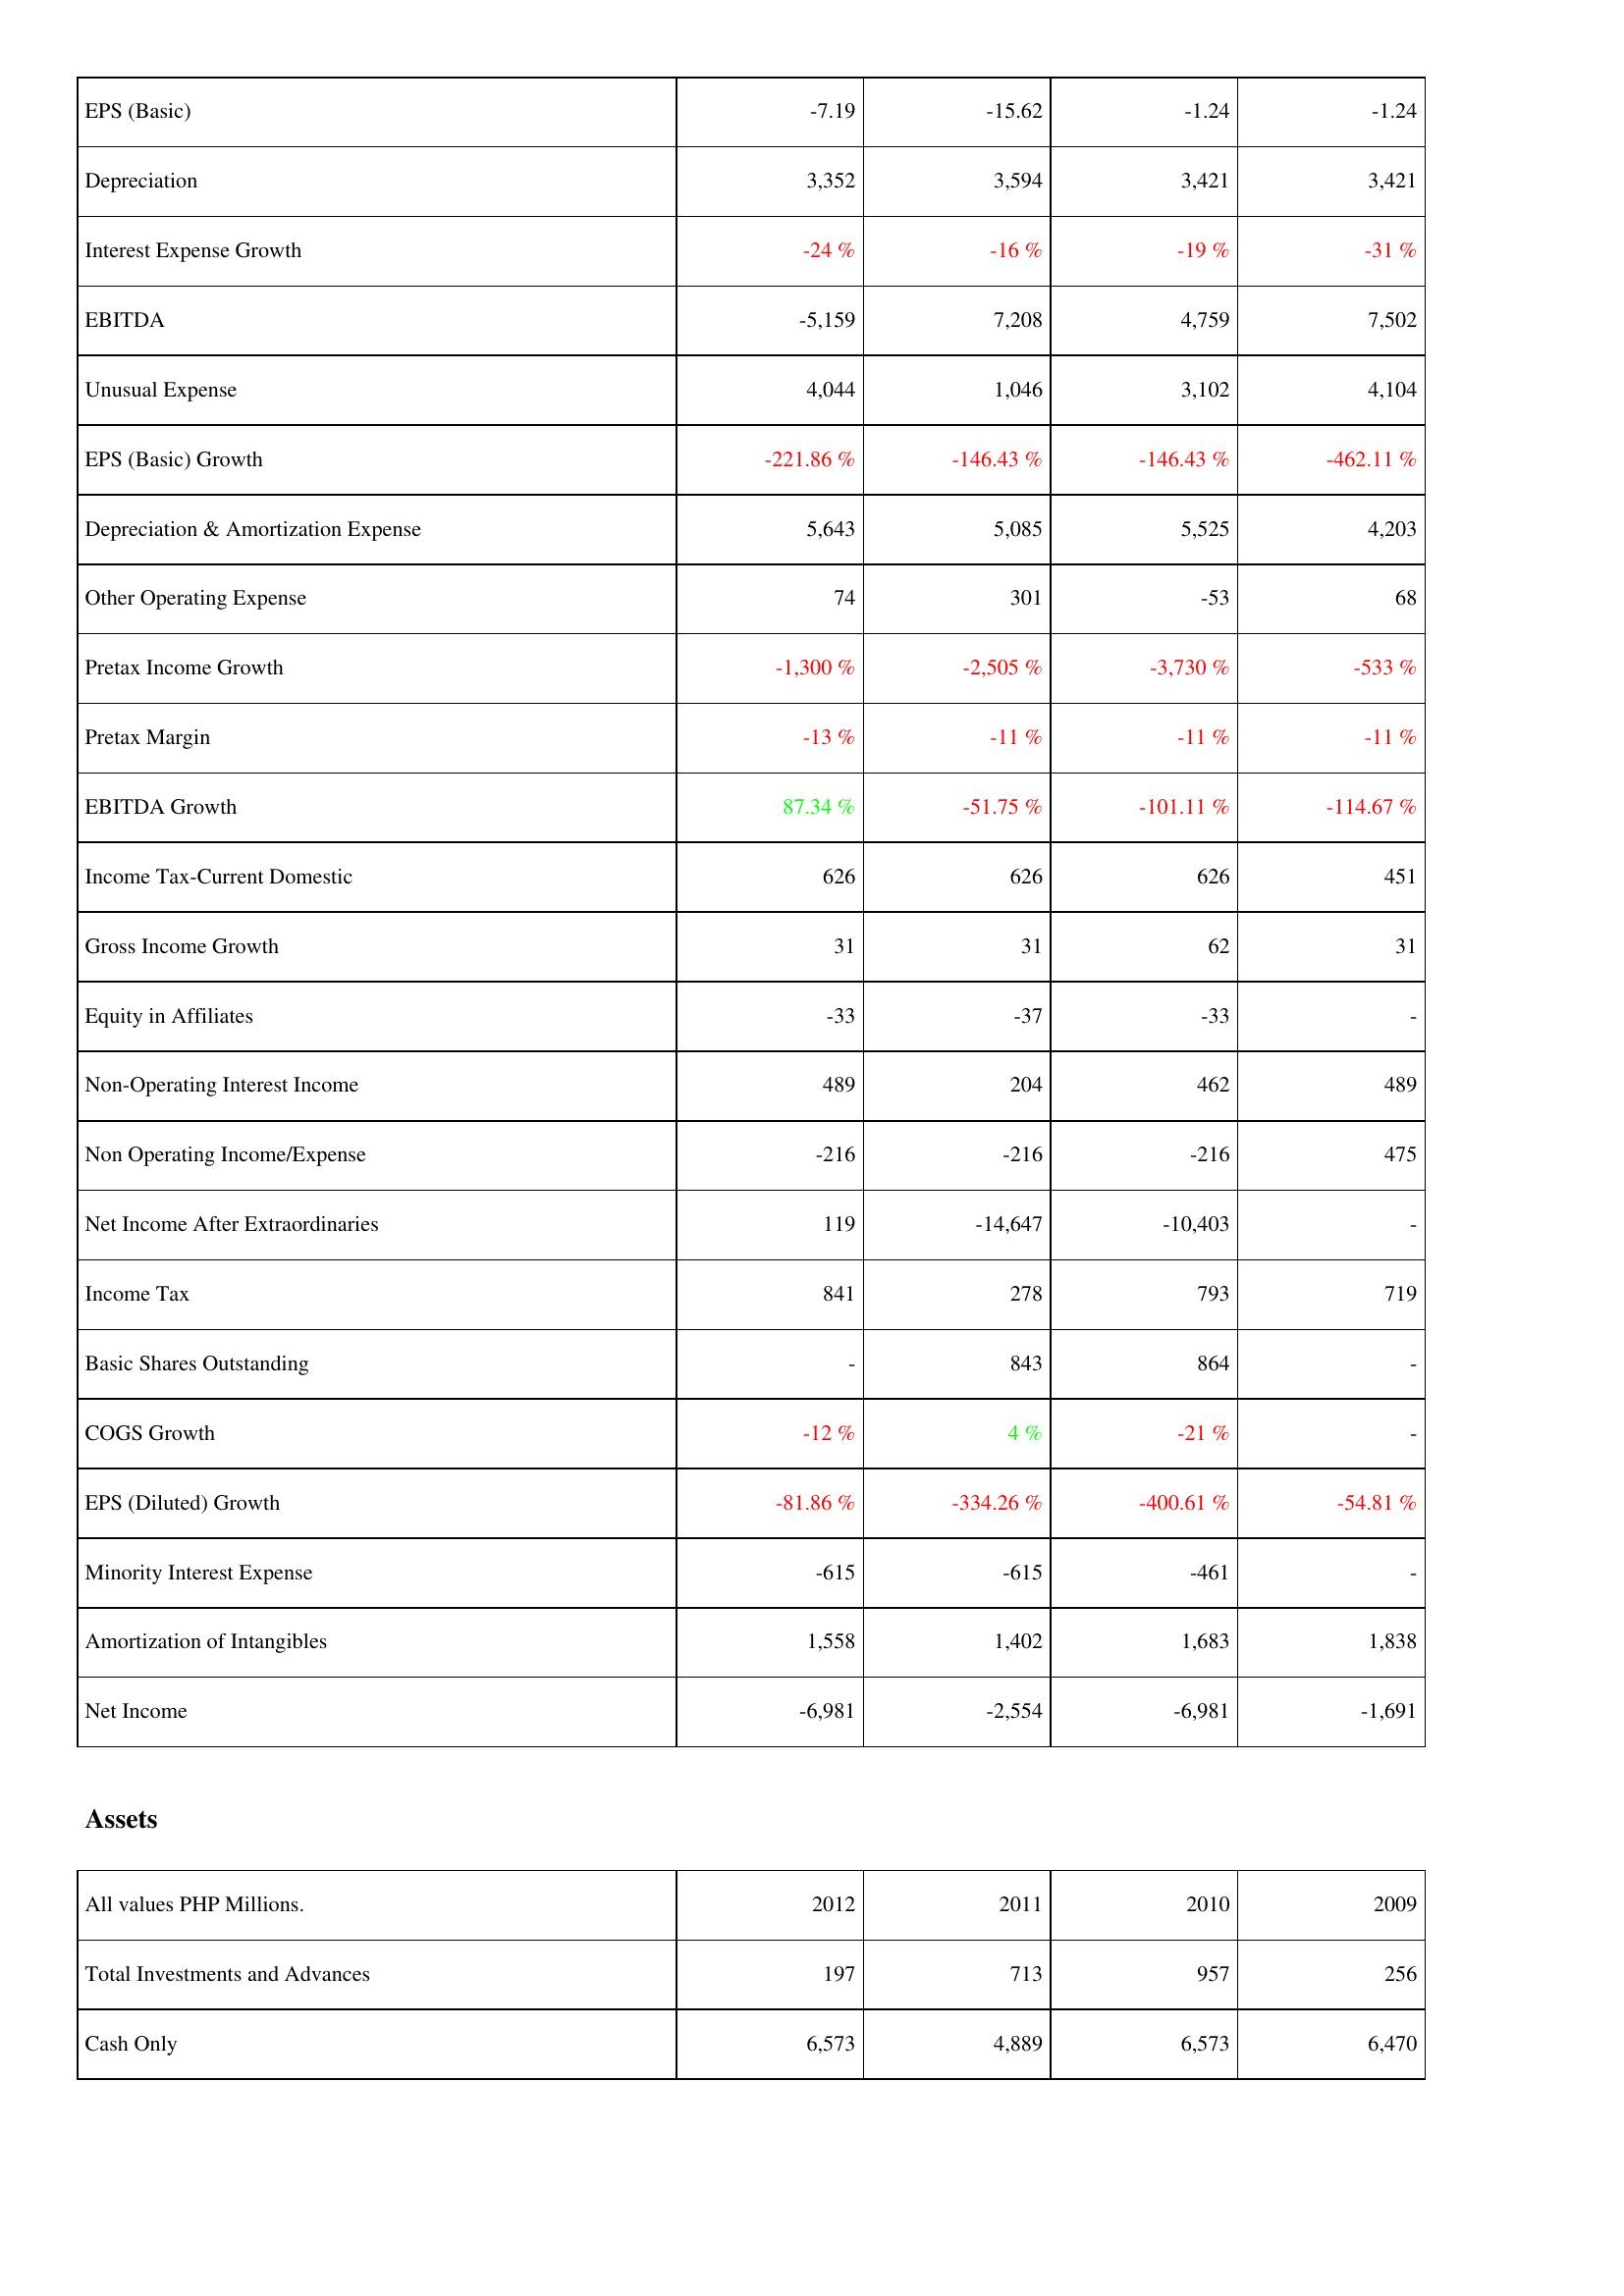
2012: Income Statement: EPS (Basic): -7.19
Depreciation: 3,352
Interest Expense Growth: -24 %
EBITDA: -5,159
Unusual Expense: 4,044
EPS (Basic) Growth: -221.86 %
Depreciation & Amortization Expense: 5,643
Other Operating Expense: 74
Pretax Income Growth: -1,300 %
Pretax Margin: -13 %
EBITDA Growth: 87.34 %
Income Tax-Current Domestic: 626
Gross Income Growth: 31
Equity in Affiliates: -33
Non-Operating Interest Income: 489
Non Operating Income/Expense: -216
Net Income After Extraordinaries: 119
Income Tax: 841
Basic Shares Outstanding: -
COGS Growth: -12 %
EPS (Diluted) Growth: -81.86 %
Minority Interest Expense: -615
Amortization of Intangibles: 1,558
Net Income: -6,981
Assets: Total Investments and Advances: 197
Cash Only: 6,573
2011: Income Statement: EPS (Basic): -15.62
Depreciation: 3,594
Interest Expense Growth: -16 %
EBITDA: 7,208
Unusual Expense: 1,046
EPS (Basic) Growth: -146.43 %
Depreciation & Amortization Expense: 5,085
Other Operating Expense: 301
Pretax Income Growth: -2,505 %
Pretax Margin: -11 %
EBITDA Growth: -51.75 %
Income Tax-Current Domestic: 626
Gross Income Growth: 31
Equity in Affiliates: -37
Non-Operating Interest Income: 204
Non Operating Income/Expense: -216
Net Income After Extraordinaries: -14,647
Income Tax: 278
Basic Shares Outstanding: 843
COGS Growth: 4 %
EPS (Diluted) Growth: -334.26 %
Minority Interest Expense: -615
Amortization of Intangibles: 1,402
Net Income: -2,554
Assets: Total Investments and Advances: 713
Cash Only: 4,889
2010: Income Statement: EPS (Basic): -1.24
Depreciation: 3,421
Interest Expense Growth: -19 %
EBITDA: 4,759
Unusual Expense: 3,102
EPS (Basic) Growth: -146.43 %
Depreciation & Amortization Expense: 5,525
Other Operating Expense: -53
Pretax Income Growth: -3,730 %
Pretax Margin: -11 %
EBITDA Growth: -101.11 %
Income Tax-Current Domestic: 626
Gross Income Growth: 62
Equity in Affiliates: -33
Non-Operating Interest Income: 462
Non Operating Income/Expense: -216
Net Income After Extraordinaries: -10,403
Income Tax: 793
Basic Shares Outstanding: 864
COGS Growth: -21 %
EPS (Diluted) Growth: -400.61 %
Minority Interest Expense: -461
Amortization of Intangibles: 1,683
Net Income: -6,981
Assets: Total Investments and Advances: 957
Cash Only: 6,573
2009: Income Statement: EPS (Basic): -1.24
Depreciation: 3,421
Interest Expense Growth: -31 %
EBITDA: 7,502
Unusual Expense: 4,104
EPS (Basic) Growth: -462.11 %
Depreciation & Amortization Expense: 4,203
Other Operating Expense: 68
Pretax Income Growth: -533 %
Pretax Margin: -11 %
EBITDA Growth: -114.67 %
Income Tax-Current Domestic: 451
Gross Income Growth: 31
Equity in Affiliates: -
Non-Operating Interest Income: 489
Non Operating Income/Expense: 475
Net Income After Extraordinaries: -
Income Tax: 719
Basic Shares Outstanding: -
COGS Growth: -
EPS (Diluted) Growth: -54.81 %
Minority Interest Expense: -
Amortization of Intangibles: 1,838
Net Income: -1,691
Assets: Total Investments and Advances: 256
Cash Only: 6,470